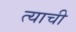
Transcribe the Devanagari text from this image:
त्‍याची